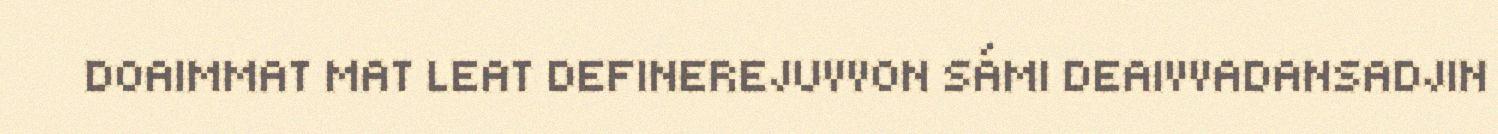
DOAIMMAT MAT LEAT DEFINEREJUVVON SÁMI DEAIVVADANSADJIN